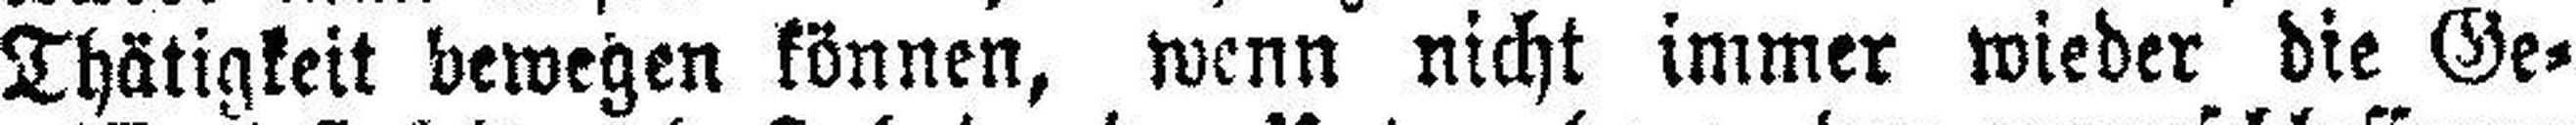
Thätigkeit bewegen können, wenn nicht immer wieder die Ge¬